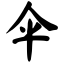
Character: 伞